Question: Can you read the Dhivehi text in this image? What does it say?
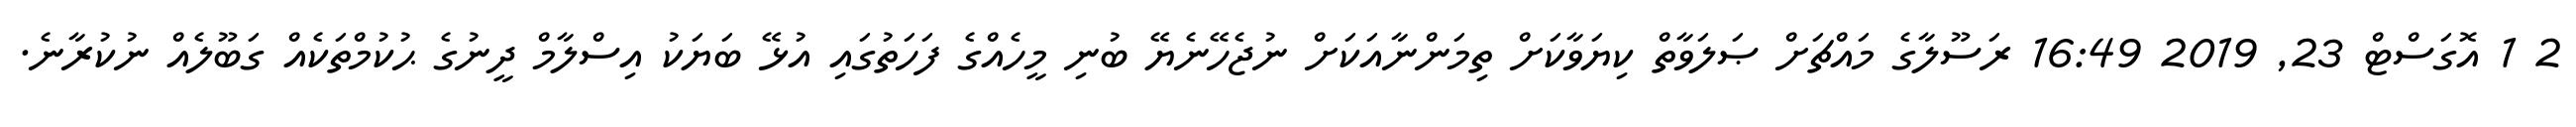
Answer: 2 1 އޮގަސްޓް 23, 2019 16:49 ރަސޫލާގެ މައްޗަށް ޞަލަވާތް ކިޔަވާކަށް ތިމަންނާއަކަށް ނުޖެހޭނެޔޭ ބުނި މީހެއްގެ ފަހަތުގައި އުޅޭ ބަޔަކު އިސްލާމް ދީނުގެ ޙުކުމްތަކެއް ގަބޫލެއް ނުކުރާނެ.